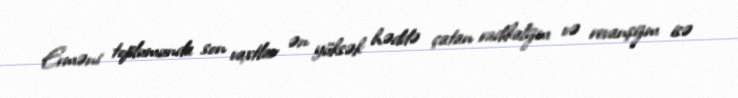
Erməni toplumunda son vaxtlar ən yüksək həddə çatan radikalizm və revanşizm isə